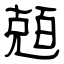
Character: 兡